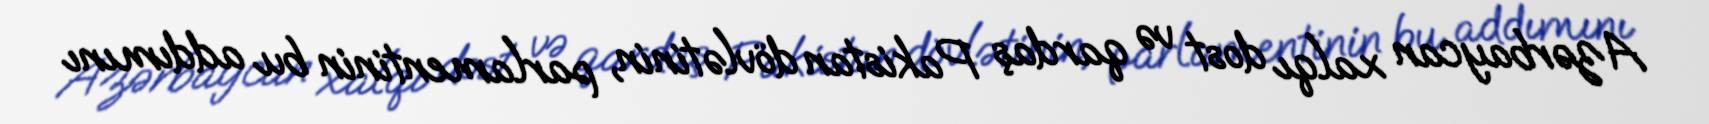
Azərbaycan xalqı dost və qardaş Pakistan dövlətinin, parlamentinin bu addımını